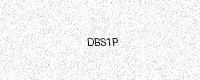
Text: DBS1P